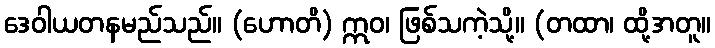
ဒေဝါယတနမည်သည်။ (ဟောတိ) ဣဝ၊ ဖြစ်သကဲ့သို့။ (တထာ၊ ထို့အတူ။